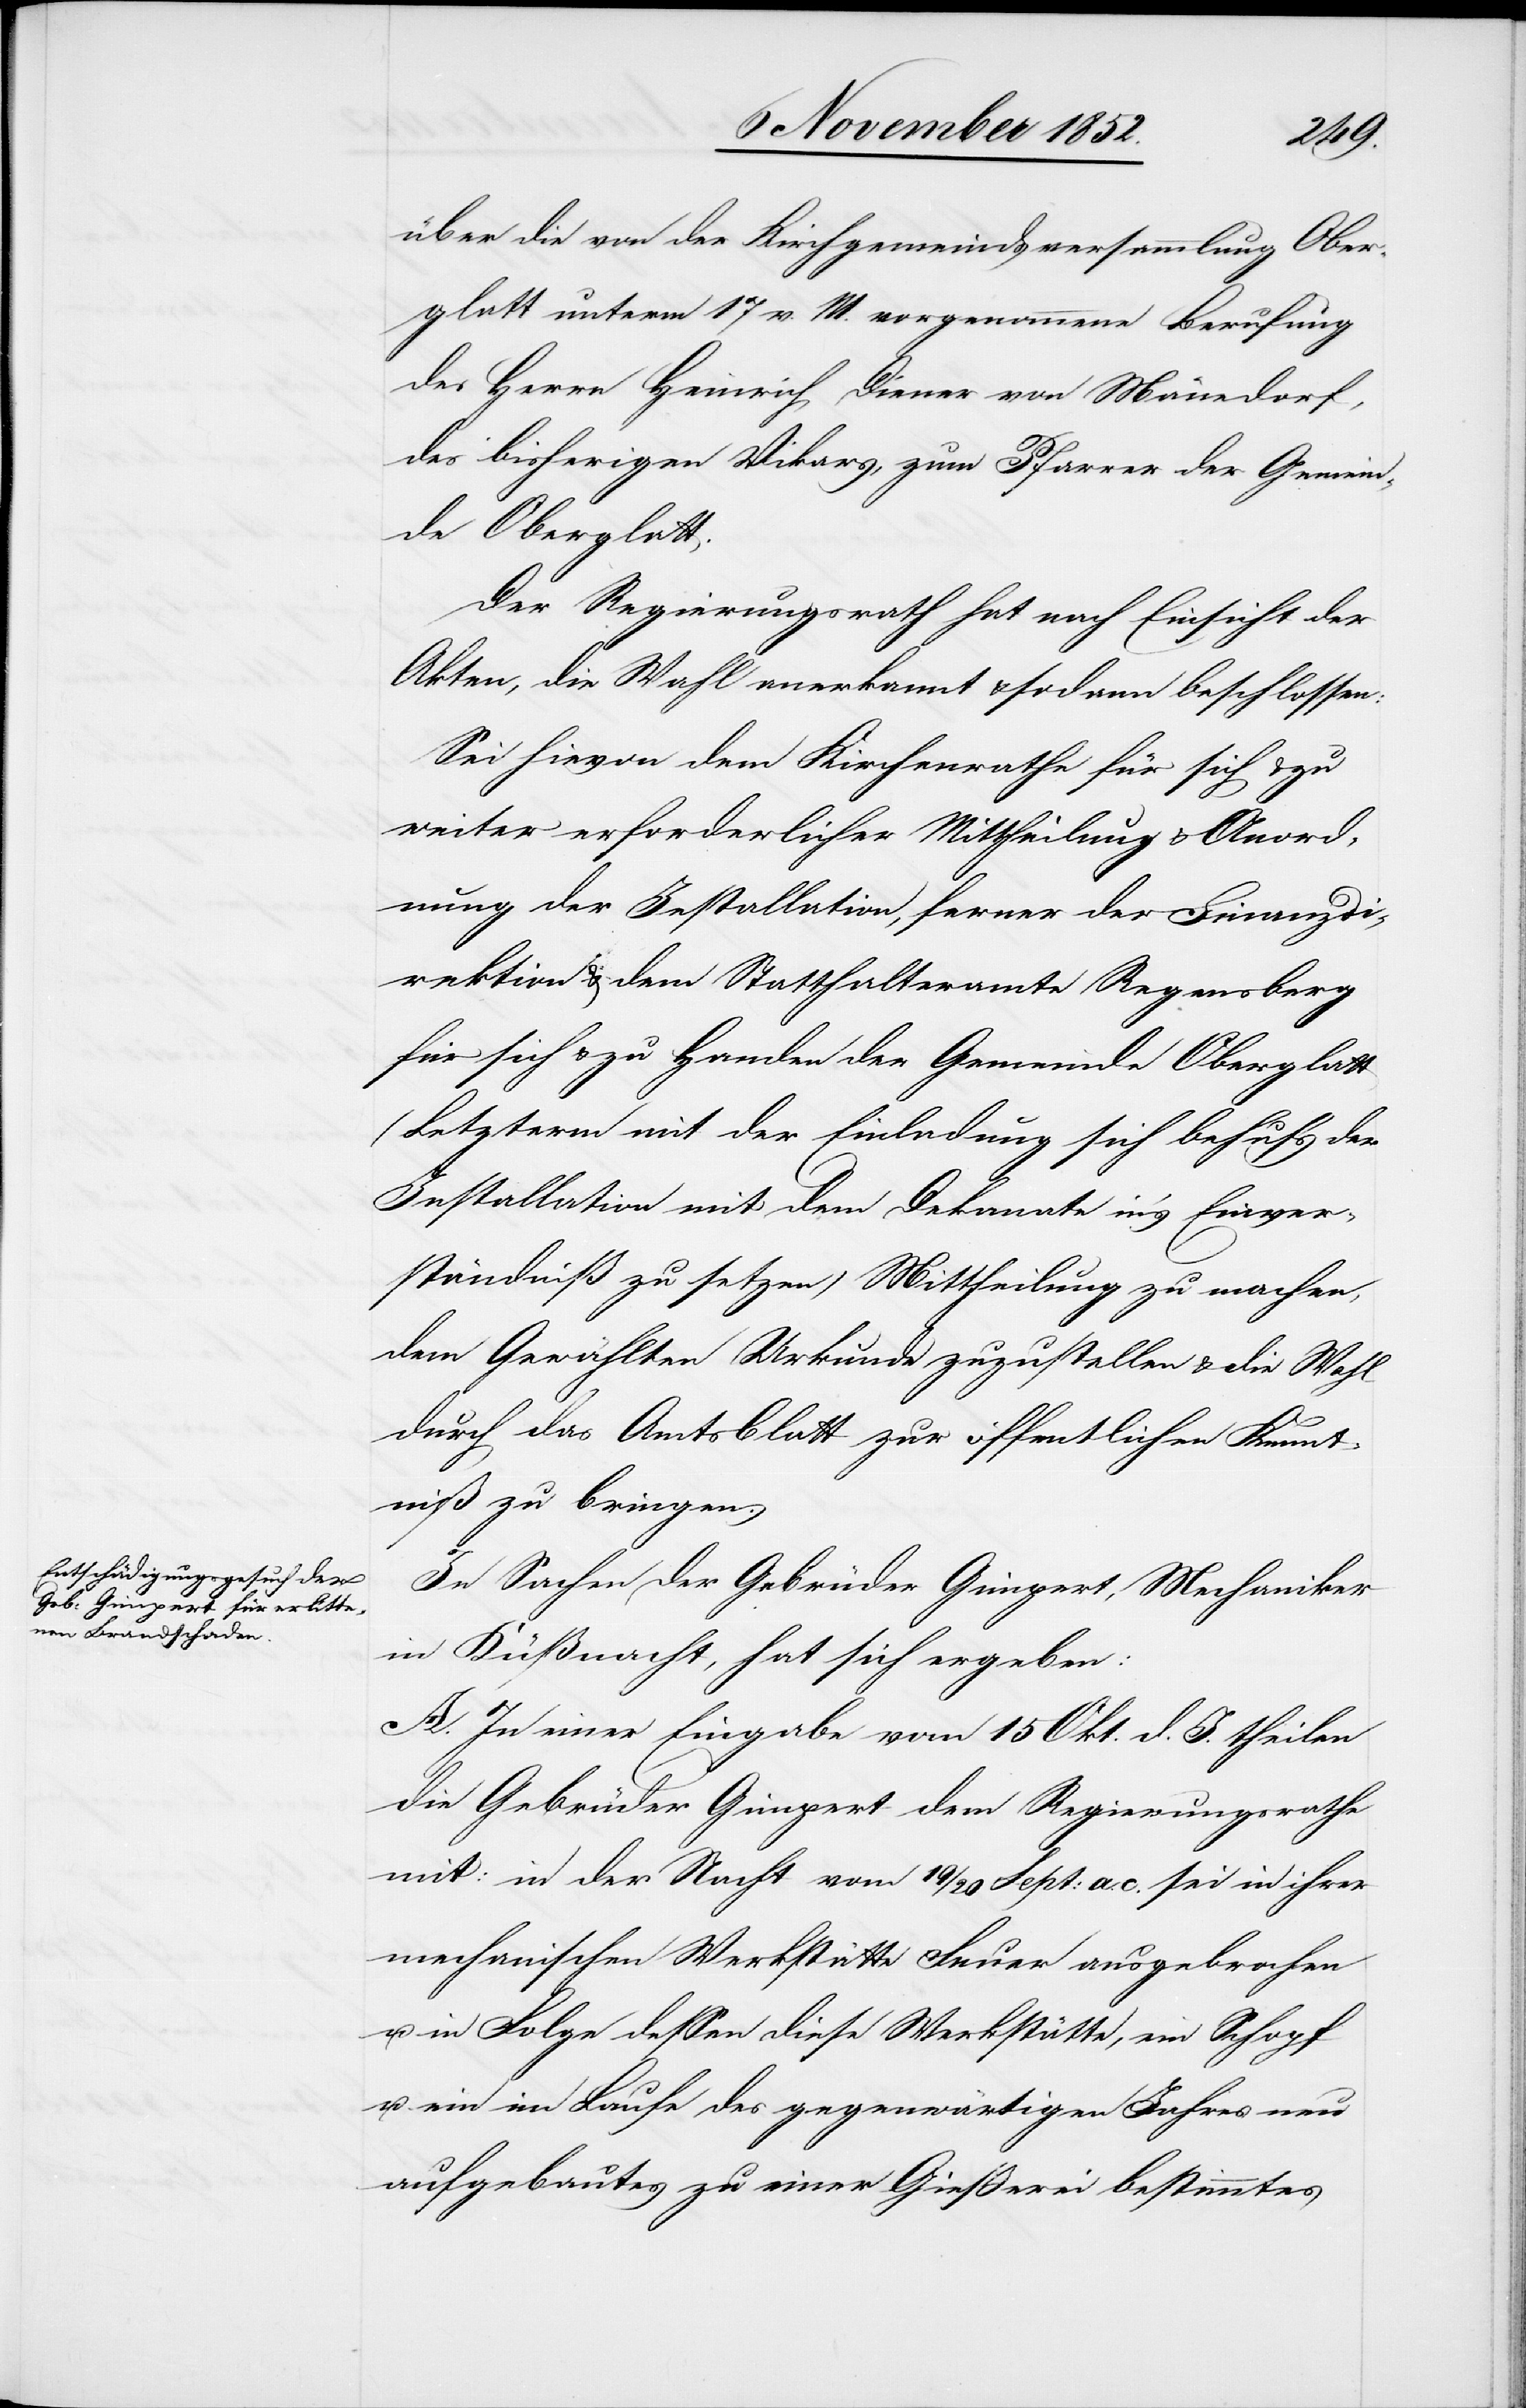
über die von der Kirchgemeindsversammlung Ober¬
glatt unterm 17 v. M. vorgenommene Berufung
des Herrn Heinrich Diener von Män[n]edorf,
des bisherigen Vikars, zum Pfarrer der Gemein¬
de Oberglatt.
Der Regierungsrath hat nach Einsicht der
Akten, die Wahl anerkannt & sodann beschlossen:
Sei hievon dem Kirchenrathe für sich & zu
weiter erforderlicher Mittheilung & Anord¬
nung der Installation, ferner der Finanzdi¬
rektion & dem Statthalteramte Regensberg
für sich & zu Handen der Gemeinde Oberglatt
(Letzterm mit der Einladung sich behufs der
Installation mit dem Dekanate in’s Einver¬
ständniß zu setzen) Mittheilung zu machen,
dem Gewählten Urkunde zuzustellen & die Wahl
durch das Amtsblatt zur öffentlichen Kennt¬
niß zu bringen.
In Sachen der Gebrüder Gimpert, Mechaniker
in Küßnacht, hat sich ergeben:
A. In einer Eingabe vom 15 Okt. d. J. theilen
die Gebrüder Gimpert dem Regierungsrathe
mit: in der Nacht vom 19 / 20 Sept: a. c. sei in ihrer
mechanischen Werkstätte Feuer ausgebrochen
u. in Folge dessen diese Werkstätte, ein Schopf
u. ein im Laufe des gegenwärtigen Jahres neu
aufgebautes zu einer Gießerei bestimmtes